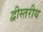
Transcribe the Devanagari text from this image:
द्वीस्तरीय